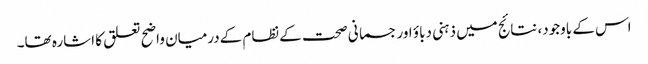
اس کے باوجود، نتائج میں ذہنی دباؤ اور جسمانی صحت کےنظام کےدرمیان واضح تعلق کا اشارہ تھا۔